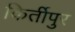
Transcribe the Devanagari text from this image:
किर्तीपुर